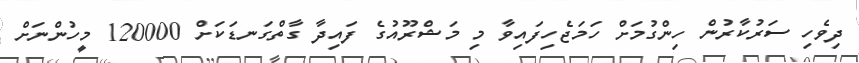
ދިވެހި ސަރުކާރުން ހިންގުމަށް ހަމަޖެހިފައިވާ މި މަޝްރޫއުގެ ފައިދާ ގާތްގަނޑަކަށް 120000 މީހުންނަށް